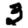
Digit: 3